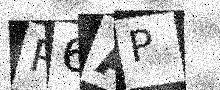
Text: R6AP